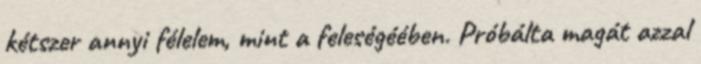
kétszer annyi félelem, mint a feleségéében. Próbálta magát azzal